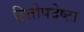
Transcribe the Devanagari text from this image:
हितोपदेष्टा